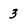
Character: 3